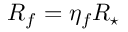
R _ { f } = \eta _ { f } R _ { \star }